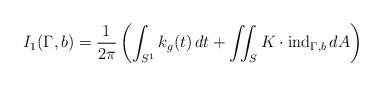
LaTeX: \begin{align*} I_1(\Gamma,b) = \frac1{2\pi} \left( \int_{S^1} k_g(t)\,dt + \iint_S K \cdot \mathrm{ind}_{\Gamma,b} \,dA \right)\end{align*}